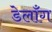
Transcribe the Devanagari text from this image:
डेलाँग